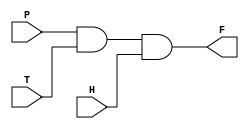
module powersaving(P, T, H, F);

input P;
input T;
input H;
output F;

assign F=(P&T&H);

endmodule